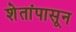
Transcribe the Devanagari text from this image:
शेतांपासून